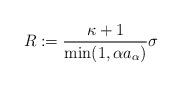
LaTeX: \begin{align*}R:=\frac{\kappa+1}{\min(1, \alpha a_\alpha)}\sigma\end{align*}